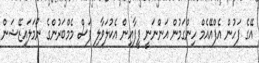
އޭގެ ފަހުން އެފްއޭއެމް ހިންގަމުން އަންނަނީ ފީފާއިން އެކުލަވާލި ފަސް މެމްބަރުންގެ ނޯމަލައިޒޭޝަން